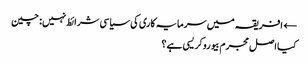
← افریقہ میں سرمایہ کاری کی سیاسی شرائط نہیں: چین
کیا اصل مجرم بیوروکریسی ہے؟